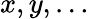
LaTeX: x,y,\dots